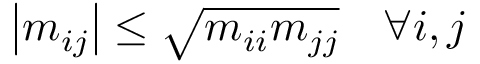
\left| m _ { i j } \right| \leq { \sqrt { m _ { i i } m _ { j j } } } \quad \forall i , j